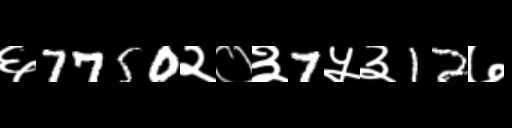
Text: ६7750२०३7५३12७